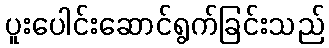
ပူးပေါင်းဆောင်ရွက်ခြင်းသည်